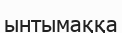
ынтымаққа